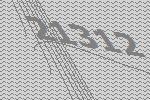
21312